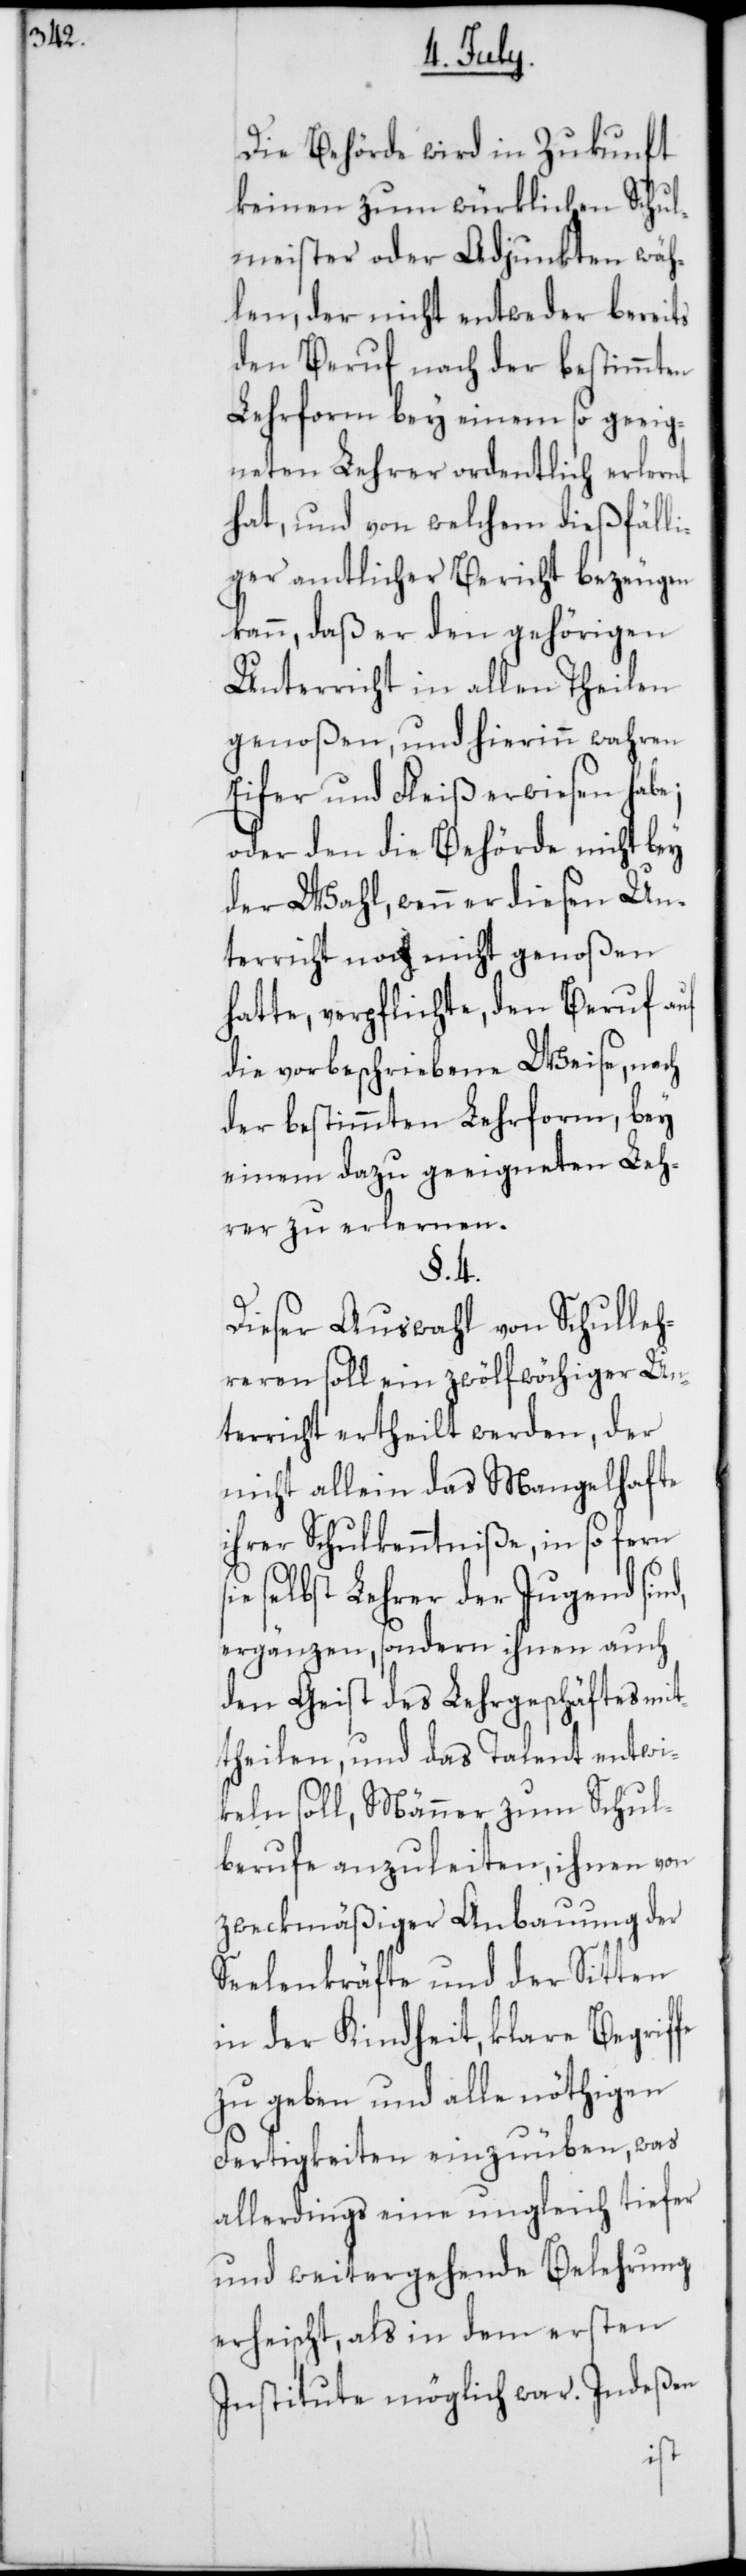
Die Behörde wird in Zukunft
keinen zum würklichen Schul¬
meister oder Adjunkten wäh¬
len, der nicht entweder bereits
den Beruf nach der bestimmten
Lehrform bey einem so geeig¬
neten Lehrer ordentlich erlernt
hat, und von welchem dießfälli¬
ger amtlicher Bericht bezeugen
kann, daß er den gehörigen
Unterricht in allen Theilen
genoßen, und hierin wahren
Eifer und Fleiß erwiesen habe;
oder den die Behörde nicht bey
der Wahl, wenn er diesen Un¬
terricht noch nicht genoßen
hatte, verpflichte, den Beruf auf
die vorgeschriebene Weise, nach
der bestimmten Lehrform, bey
einem dazu geeigneten Leh¬
rer zu erlernen.
§. 4.
Dieser Auswahl von Schulleh¬
reren soll ein zwölfwöchiger Un¬
terricht ertheilt werden, der
nicht allein das Mangelhafte
ihrer Schulkenntniße, in so fern
selbst Lehrer der Jugend sind,
ergänzen, sondern ihnen auch
den Geist des Lehrgeschäftes mit¬
theilen, und das Talent entwi¬
keln soll, Männer zum Schul¬
berufe anzuleiten, ihnen von
zweckmäßiger Anbauung der
Seelenkräfte und der Sitten
in der Kindheit, klare Begriffe
zu geben und alle nöthigen
Fertigkeiten einzuüben, was
allerdings eine ungleich tiefer
und weitergehende Belehrung
erheischt, als in dem ersten
Institute möglich war. Indeßen